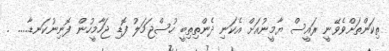
ތިކަންތަށްވެވޭނީ ރައީސް ޔާމީނުއަށް އެކަނި ދެންތިތިބީ ހުސްޖަމަލު ފޮޑި ޖަހާމީހުން ފޮނިނުކަނޑާ..... .